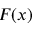
F ( x )